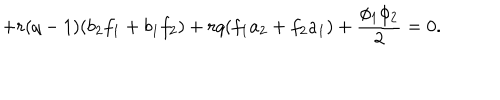
LaTeX: + r ( q - 1 ) ( b _ { 2 } f _ { 1 } + b _ { 1 } f _ { 2 } ) + r q ( f _ { 1 } a _ { 2 } + f _ { 2 } a _ { 1 } ) + \frac { \phi _ { 1 } \phi _ { 2 } } { 2 } = 0 .